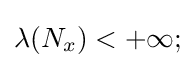
\lambda (N_{x})<+\infty ;